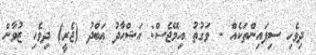
ދިވެހި ސިފައިންތަކެއް - ވަގުތު އިމޭޖެސް: އަޝްޙާދު ޢަބްދު (ޖެރީ) ދިވެހި ޒުވާން